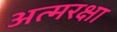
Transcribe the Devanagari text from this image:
अत्मरक्षा